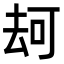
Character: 𠳌